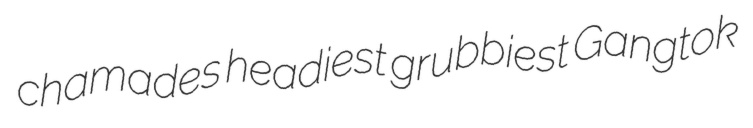
chamades headiest grubbiest Gangtok